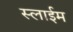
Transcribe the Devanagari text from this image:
स्लाईम